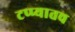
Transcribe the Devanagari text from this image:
टप्प्यातच